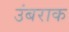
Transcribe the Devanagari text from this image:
उंबराक